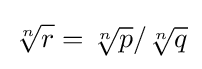
{\sqrt[{n}]{r}}={\sqrt[{n}]{p}}/{\sqrt[{n}]{q}}